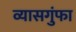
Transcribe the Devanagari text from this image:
व्यासगुंफा